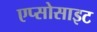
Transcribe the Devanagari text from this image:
एप्सोसाइट